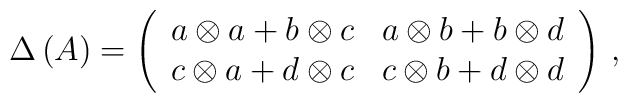
\Delta \left( A \right) = \left(\begin{array}{cc}  a \otimes a + b \otimes c & a \otimes b + b \otimes d \\  c \otimes a + d \otimes c & c \otimes b + d \otimes d\end{array}\right) \, ,